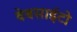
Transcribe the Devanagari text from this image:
वेबसाईटो